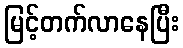
မြင့်တက်လာနေပြီး